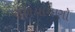
રળિયામણો